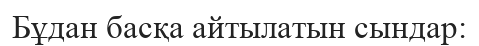
Бұдан басқа айтылатын сындар: